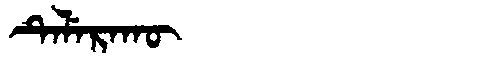
Manchu: ᡨᡝᠯᡝᡵᠠᡴᡡ
Romanization: TELERAKŪ